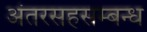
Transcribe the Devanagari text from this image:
अंतरसहसम्बन्ध